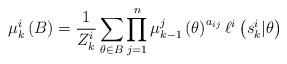
LaTeX: \begin{align*}\mu_{k}^i\left(B\right) & = \frac{1}{Z_{k}^i}\sum\limits_{\theta \in B} \prod\limits_{j=1}^{n} \mu_{k-1}^j\left(\theta\right)^{a_{ij}} \ell^i\left(s_{k}^i|\theta\right)\end{align*}